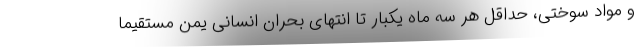
و مواد سوختی، حداقل هر سه ماه یکبار تا انتهای بحران انسانی یمن مستقیما